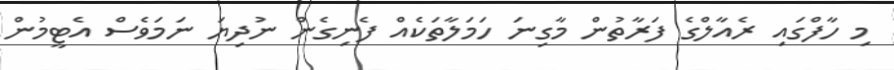
މި ހާފްގައި ރެއާލްގެ ފަރާތުން މާގިނަ ހަމަލާތަކެއް ފެނިގެން ނުދިޔަ ނަމަވެސް އެޓީމުން